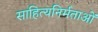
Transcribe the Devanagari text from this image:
साहित्यनिर्मताओं